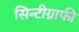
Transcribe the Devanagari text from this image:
सिन्टीग्राफी